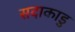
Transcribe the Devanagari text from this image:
सदाकाडु